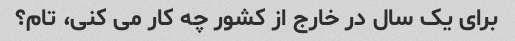
برای یک سال در خارج از کشور چه کار می کنی، تام؟